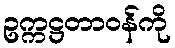
ဥက္ကဋ္ဌတာဝန်ကို